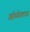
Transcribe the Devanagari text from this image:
ऑब्जेक्टचा